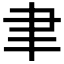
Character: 聿